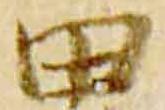
田